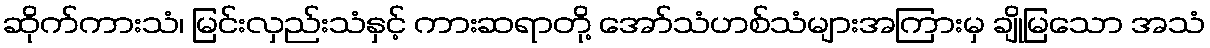
ဆိုက်ကားသံ၊ မြင်းလှည်းသံနှင့် ကားဆရာတို့ အော်သံဟစ်သံများအကြားမှ ချိုမြသော အသံ